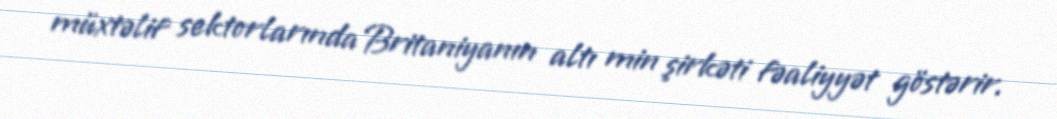
müxtəlif sektorlarında Britaniyanın altı min şirkəti fəaliyyət göstərir.